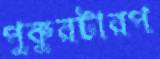
পুকুরটারপ